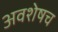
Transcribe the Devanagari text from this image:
अवशेषच